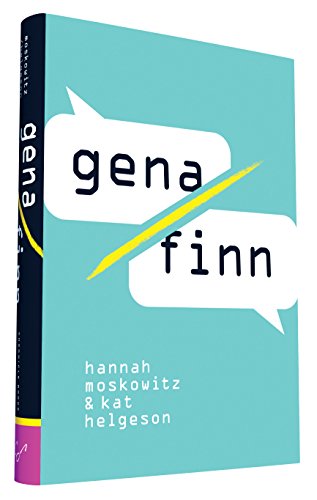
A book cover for Gena/Finn; Kat Helgeson; Romance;